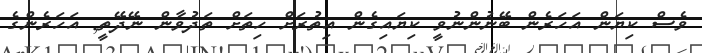
ވެސް ކިޔަން އަހަރެން ބޭނުންނުވީ ކިޔައިގެން އިތުރަށް ހިތަށް ތަދުވާން ނޭދޭތީ